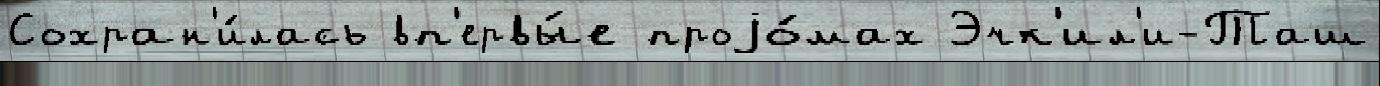
Сохран'и́лась вп'ервы́е проjо́мах Эчк'ил'и-Таш